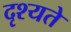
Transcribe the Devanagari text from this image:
दृश्यते